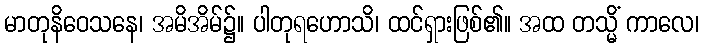
မာတုနိဝေသနေ၊ အမိအိမ်၌။ ပါတုရဟောသိ၊ ထင်ရှားဖြစ်၏။ အထ တသ္မိံ ကာလေ၊